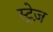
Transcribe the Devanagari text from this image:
स्ट्रेज़